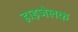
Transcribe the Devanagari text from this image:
हाइजेलक